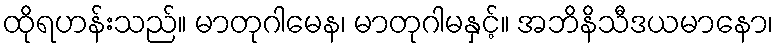
ထိုရဟန်းသည်။ မာတုဂါမေန၊ မာတုဂါမနှင့်။ အဘိနိသီဒယမာနော၊